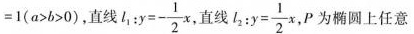
= 1（a > b > 0 )$$，直线$$l _ { 1 }：y = - \frac { 1 } { 2 } x$$,P为椭圆上任意